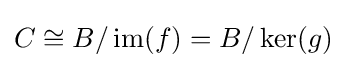
C\cong B/\operatorname {im} (f)=B/\operatorname {ker} (g)